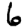
Digit: 6